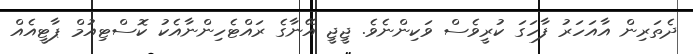
ދެތަރިން އާއަހަރު ފާހަގަ ކުރީވެސް ވަކިންނެވެ. ޖީޖީ އޭނާގެ ރައްޓެހިންނާއެކު ކޮސްޓިއުމް ޕާޓީއެއް